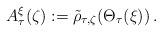
LaTeX: \begin{align*}A^{\xi}_\tau(\zeta) &:= \tilde{\rho}_{\tau,\zeta}(\Theta_\tau(\xi))\,.\end{align*}